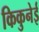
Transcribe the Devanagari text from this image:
किकुनेई